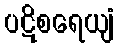
ပဋိစရေယျံ